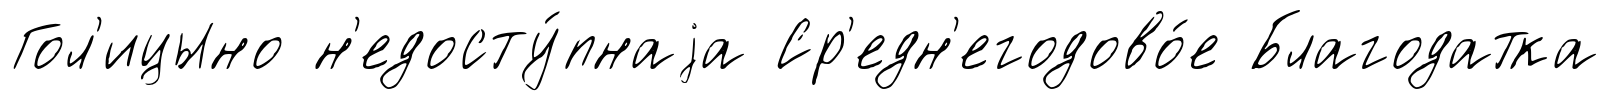
Гол'ицыно н'едосту́пнаjа Ср'едн'егодово́е Благодатка